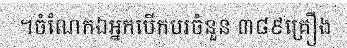
។ចំណែកឯអ្នកបើកបរចំនួន ៣៨៩គ្រឿង